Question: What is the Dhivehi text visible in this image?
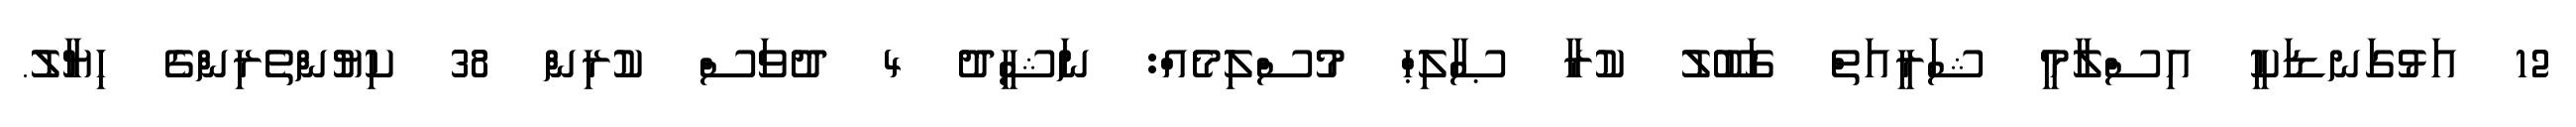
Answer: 12 އަޅުގަނޑަކީ އިސްލާމީ ޝަރީއަތް ގަބޫލު ކުރާ ޞާލިޙް މުސްލިމެއް: ނަޝީދު 4 ދުވަސް ކުރިން 38 ކިޔުންތެރިންގެ ހިޔާލު.